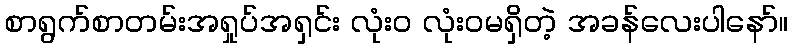
စာရွက်စာတမ်းအရှုပ်အရှင်း လုံးဝ လုံးဝမရှိတဲ့ အခန်လေးပါနော်။